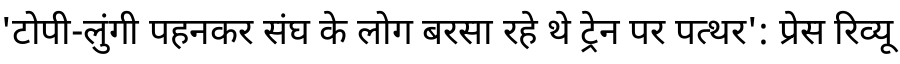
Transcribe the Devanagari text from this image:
'टोपी-लुंगी पहनकर संघ के लोग बरसा रहे थे ट्रेन पर पत्थर': प्रेस रिव्यू